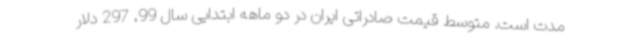
مدت است. متوسط قیمت صادراتی ایران در دو ماهه ابتدایی سال 99، 297 دلار